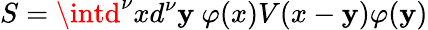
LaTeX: S=\intd^{\nu}xd^{\nu}\mathbf{y}~\varphi(x)V(x-\mathbf{y})\varphi(\mathbf{y})